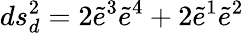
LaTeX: ds_{d}^{2}=2\widetilde e^{3}\widetilde e^{4}+2\widetilde e^{1}\widetilde e^{2}